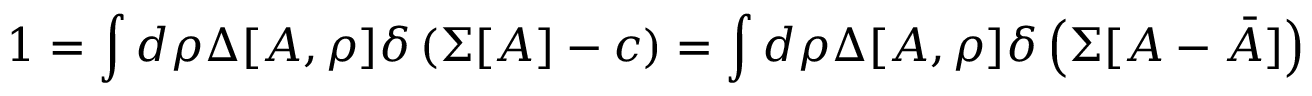
1 = \int d \rho \Delta [ A , \rho ] \delta \left( \Sigma [ A ] - c \right) = \int d \rho \Delta [ A , \rho ] \delta \left( \Sigma [ A - \bar { A } ] \right)